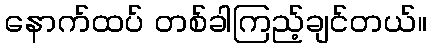
နောက်ထပ် တစ်ခါကြည့်ချင်တယ်။